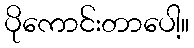
ပိုကောင်းတာပေါ့။